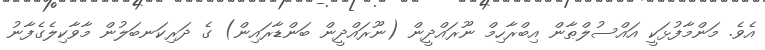
އެވެ. މަންމާފުޅަކީ އައްސުލްޠާން އިބްރާހިމް ނޫރައްދީން (ނޫރައްދީން ބަންޑާރައިން) ގެ ދަރިކަނބަލުން މާވާކިލެގެފާނު